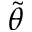
\tilde { \theta }